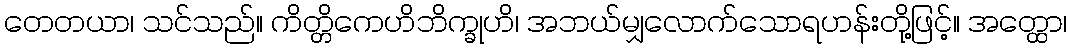
တေတယာ၊ သင်သည်။ ကိတ္တိကေဟိဘိက္ခုဟိ၊ အဘယ်မျှလောက်သောရဟန်းတို့ဖြင့်။ အတ္ထော၊